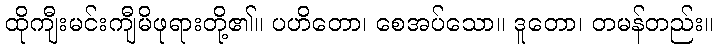
ထိုကျီးမင်းကျီမိဖုရားတို့၏။ ပဟိတော၊ စေအပ်သော။ ဒူတော၊ တမန်တည်း။